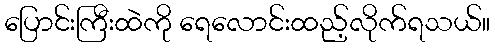
ပြောင်းကြီးထဲကို ရေလောင်းထည့်လိုက်ရသယ်။